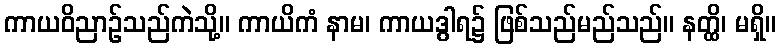
ကာယဝိညာဉ်သည်ကဲသို့။ ကာယိကံ နာမ၊ ကာယဒွါရ၌ ဖြစ်သည်မည်သည်။ နတ္ထိ၊ မရှိ။